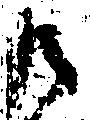
御